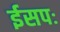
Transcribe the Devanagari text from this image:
ईसपः